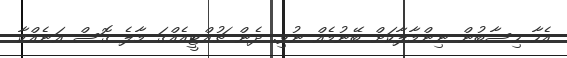
އެހާ ހިސާބުން ނިންމާލާކަށް ބޭނުމެއް ނުވި. ދެން ޗުއްޓީއެއްގަ މާލެ ގޮސް އަނެއްކާ